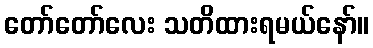
တော်တော်လေး သတိထားရမယ်နော်။